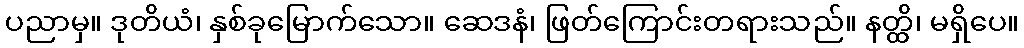
ပညာမှ။ ဒုတိယံ၊ နှစ်ခုမြောက်သော။ ဆေဒနံ၊ ဖြတ်ကြောင်းတရားသည်။ နတ္ထိ၊ မရှိပေ။